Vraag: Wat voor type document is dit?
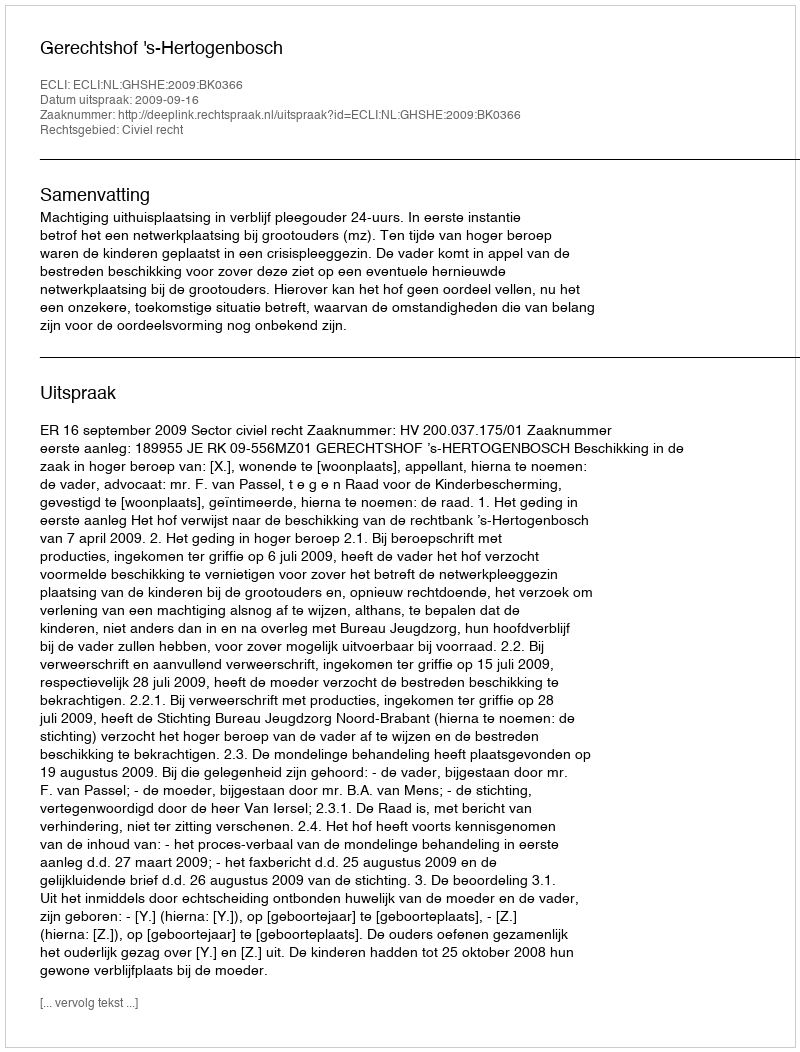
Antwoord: Uitspraak